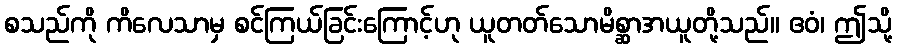
စသည်ကို ကိလေသာမှ စင်ကြယ်ခြင်းကြောင့်ဟု ယူတတ်သောမိစ္ဆာအယူတို့သည်။ ဧဝံ၊ ဤသို့